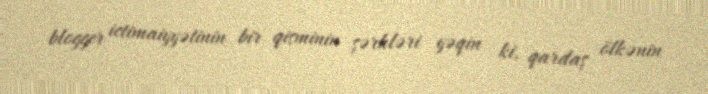
blogger ictimaiyyətinin bir qisminin şərhləri yəqin ki, qardaş ölkənin